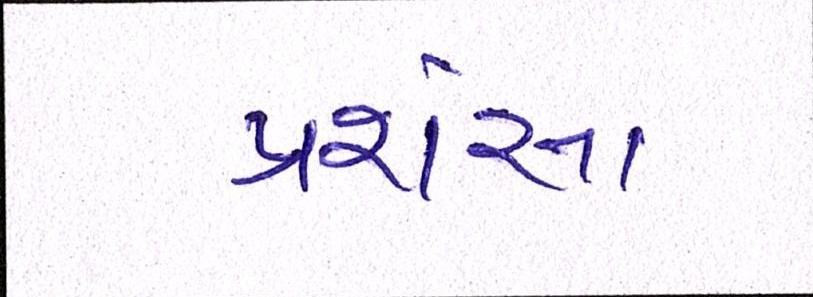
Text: પ્રશંસા